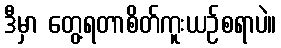
ဒီမှာ တွေ့ရတာစိတ်ကူးယဉ်စရာပဲ။